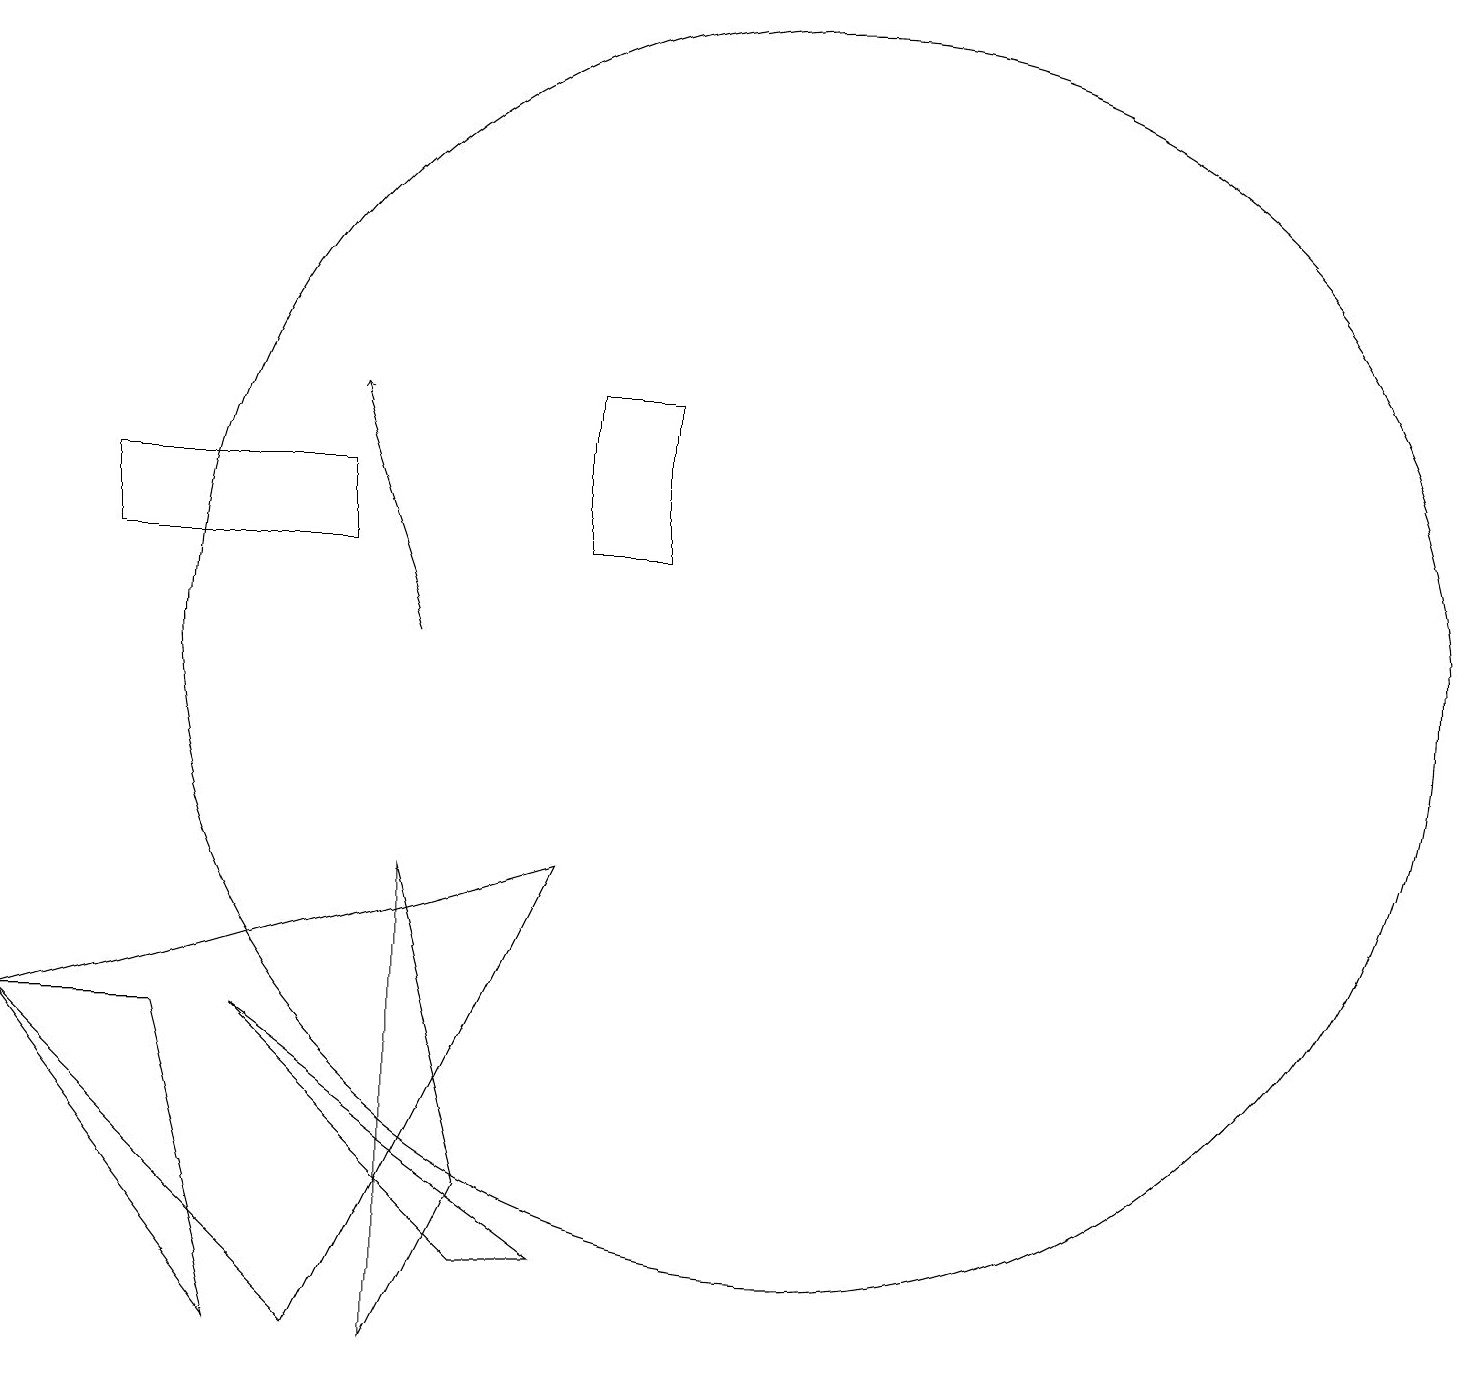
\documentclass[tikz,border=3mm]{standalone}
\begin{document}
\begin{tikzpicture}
\draw (3,6) -- (1,6) -- (4,2) -- cycle;
\draw (7,4) -- (6,8) -- (6,2) -- cycle;
\draw (2,13) rectangle (5,12);
\draw (11,11) circle (8);
\draw[->] (6,11) -- (5,14);
\draw (9,12) rectangle (8,14);
\draw (8,3) -- (7,3) -- (4,6) -- cycle;
\draw (8,8) -- (1,6) -- (5,2) -- cycle;
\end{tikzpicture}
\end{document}